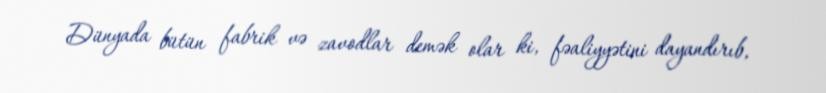
Dünyada bütün fabrik və zavodlar demək olar ki, fəaliyyətini dayandırıb,